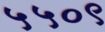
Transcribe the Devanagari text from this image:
५५०९